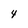
Character: 4